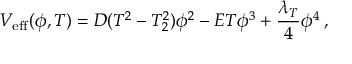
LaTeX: V _ { \mathrm { e f f } } ( \phi , T ) = D ( T ^ { 2 } - T _ { 2 } ^ { 2 } ) \phi ^ { 2 } - E T \phi ^ { 3 } + \frac { \lambda _ { T } } { 4 } \phi ^ { 4 } \: ,